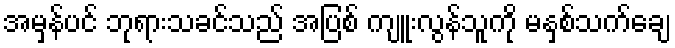
အမှန်ပင် ဘုရားသခင်သည် အပြစ် ကျူးလွန်သူကို မနှစ်သက်ချေ